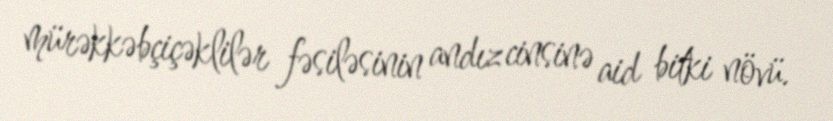
mürəkkəbçiçəklilər fəsiləsinin andız cinsinə aid bitki növü.